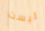
ليست